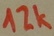
Text: 12K